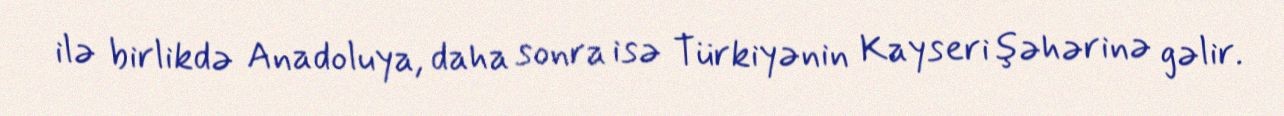
ilə birlikdə Anadoluya, daha sonra isə Türkiyənin Kayseri şəhərinə gəlir.